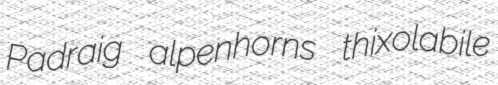
Padraig alpenhorns thixolabile